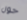
حول